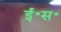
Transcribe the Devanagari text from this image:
ई॰स॰